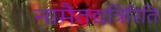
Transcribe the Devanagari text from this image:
नामैतद्यत्रिरिति